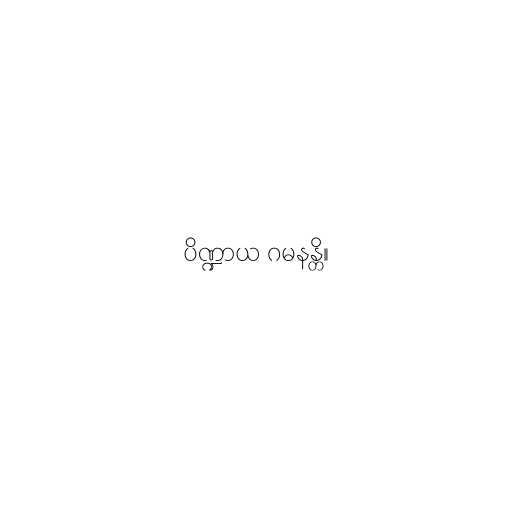
ပိဏ္ဍာယ ဂမနန္တိ။